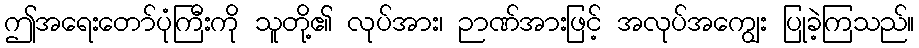
ဤအရေးတော်ပုံကြီးကို သူတို့၏ လုပ်အား၊ ဉာဏ်အားဖြင့် အလုပ်အကျွေး ပြုခဲ့ကြသည်။